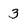
Character: 3